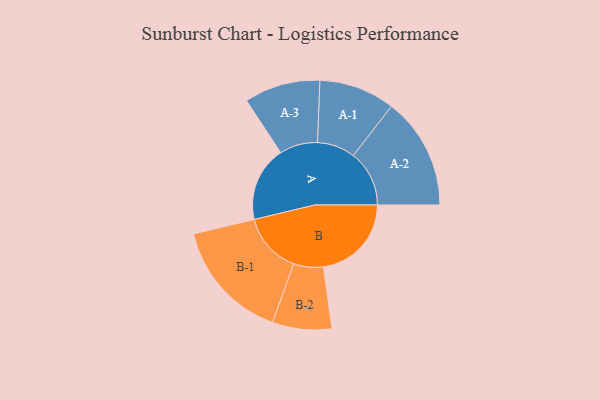
{"axis": {"x": "Segment", "y": "Value"}, "legend": ["", "A", "B"], "data": [{"x": "A", "y": 314, "type": ""}, {"x": "B", "y": 368, "type": ""}, {"x": "A-1", "y": 159, "type": "A"}, {"x": "A-2", "y": 234, "type": "A"}, {"x": "A-3", "y": 159, "type": "A"}, {"x": "B-1", "y": 254, "type": "B"}, {"x": "B-2", "y": 124, "type": "B"}]}